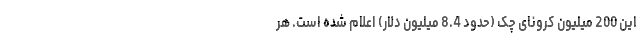
این 200 میلیون کرونای چک (حدود 8.4 میلیون دلار) اعلام شده است. هر